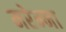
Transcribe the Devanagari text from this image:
मरेम्मा